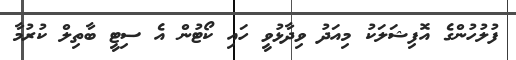
ފުލުހުންގެ އޮފިޝަލަކު މިއަދު ވިދާޅުވީ ހައި ކޯޓުން އެ ސިޓީ ބާތިލް ކުރުމާ